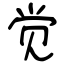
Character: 觉